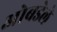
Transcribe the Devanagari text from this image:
ओबडेले